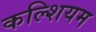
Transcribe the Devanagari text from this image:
कल्शियम